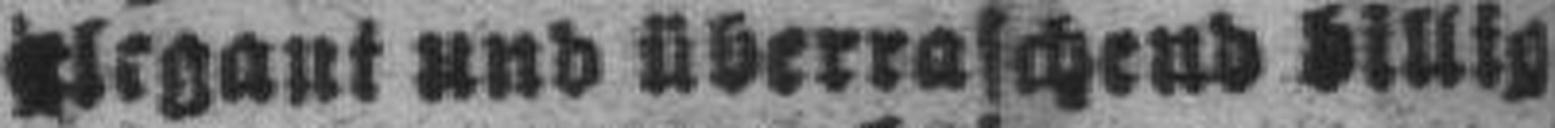
Elegant und überraschend billig